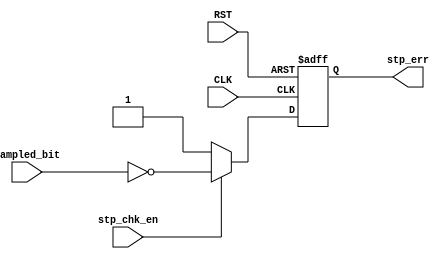
module stp_chk (sampled_bit,stp_chk_en,CLK,RST,stp_err);
   input CLK,RST,sampled_bit,stp_chk_en;
   output reg stp_err;
always @(posedge CLK or negedge RST ) begin
    if (!RST) begin
    stp_err<=1;
    end else begin
        if(stp_chk_en)
        begin
         stp_err <= !sampled_bit;   
        end else begin
         stp_err<=1;
        end
    end
    
end 
endmodule